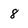
Character: 8